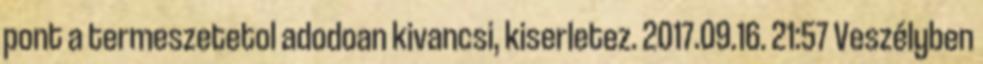
pont a termeszetetol adodoan kivancsi, kiserletez. 2017.09.16. 21:57 Veszélyben